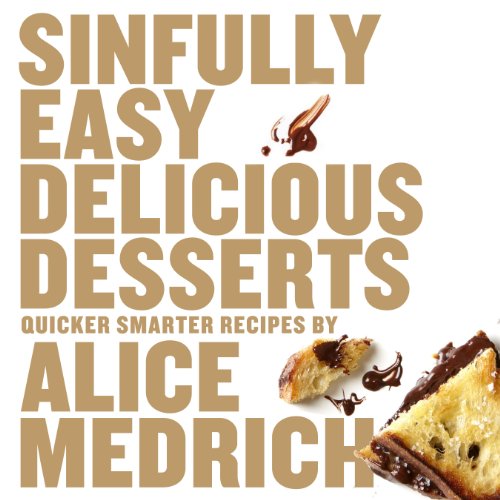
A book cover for Sinfully Easy Delicious Desserts; Alice Medrich; Cookbooks, Food & Wine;